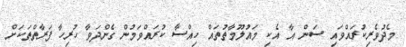
މެދުވެރިކުރައްވައި ސަން އާ އެކި މައުލޫމާތުތައް ހިއްސާ ކުރައްވަމުން ގެންދަވާ ހުރިހާ ފަރާތްތަކަށް